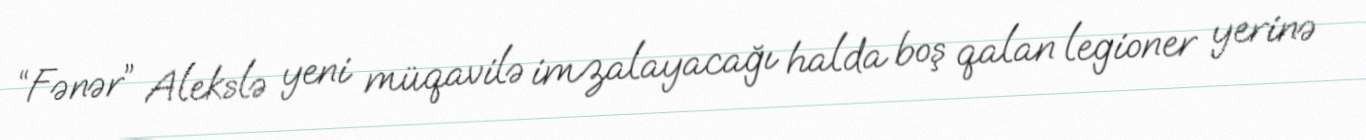
“Fənər” Alekslə yeni müqavilə imzalayacağı halda boş qalan legioner yerinə